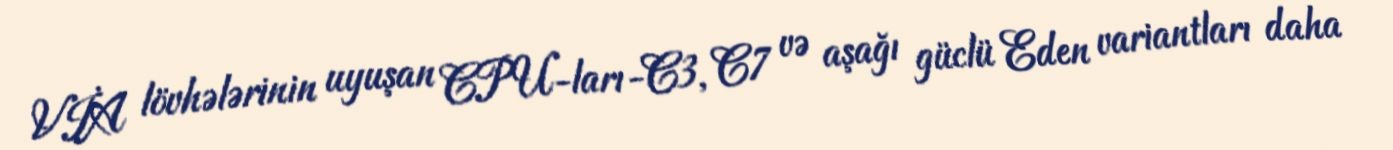
VİA lövhələrinin uyuşan CPU-ları-C3, C7 və aşağı güclü Eden variantları daha